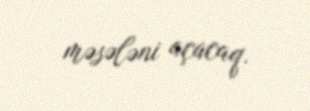
məsələni açacaq.